Civil Veterinary Department. Madras. Admin. report 1926-33 - 1926-1933
Year: 1926
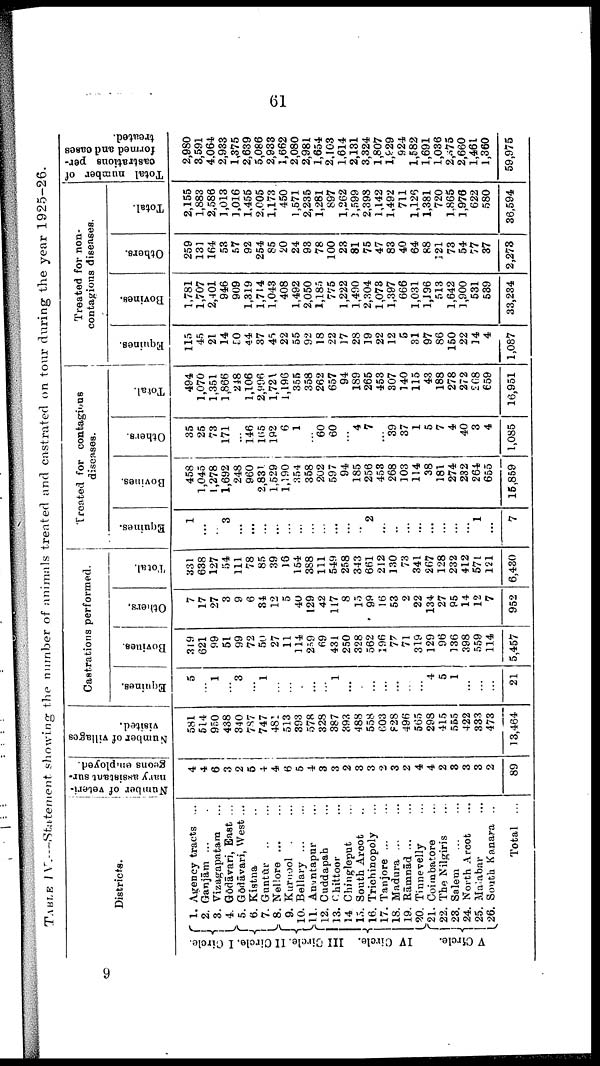
61
TABLE IV.—Statement showing the number of animals treated and castrated on tour during the year 1925—26.
Districts.
I Circle.
II Circle.
III Circle.
IV Circle.
V Circle.
1. Agency tracts ...
2. Ganjām ...
3. Vizagapatara ...
4. Gōdāvari, East ...
5. Gadāvari, West ...
6. Kistna ..
7. Guntūr
..
...
8. Nellore
...
...
9. Kurnool ...
10. Bellary
...
...
11. Anantapur ...
12. Cuddapah ...
13. Chittoor ...
14. Chingleput ...
15. South Arcot ..
16. Trichinopoly ...
17. Tanjore
...
...
18. Madura
...
...
19. Rāmnād ... ...
20. Tinnevelly ...
21. Coimbatore ...
22. The Nilgiris ...
23. Salem
...
...
24. North Arcot ...
25. Malabar ...
26. South Kanara ..
Total ...
Number of veteri
nary assistant sur
geons employed.
4
4
6
3
2
5
4
4
6
5
4
3
3
2
3
3
2
3
2
4
4
2
3
3
3
2
89
Number of villages
visited.
581
514
950
438
340
787
747
481
513
393
578
328
387
393
488
558
603
F28
496
565
298
416
555
422
333
473
13,464
Castrations performed.
Equines.
5
...
1
...
3
...
1
...
...
...
...
...
1
...
...
...
...
...
...
...
4
5
1
...
...
...
21
Bovines.
319
621
99
51
99
72
50
27
11
114
259
69
431
250
328
562
196
77
71
319
129
96
136
398
559
114
5,457
Others.
7
17
27
3
9
6
84
12
5
40
129
42
117
8
15
99
16
53
2
22
134
27
95
14
12
7
952
Total.
331
638
127
54
111
78
85
39
18
154
388
111
549
258
343
661
212
130
73
341
267
128
232
412
571
121
6,480
Treated for contagious
diseases.
Equines.
1
...
...
3
...
...
...
...
...
...
...
...
...
...
...
2
...
..
...
...
...
...
...
......
1
...
7
Bovines.
458
1,045
1,278
1,692
248
960
2,831
1,529
1,190
854
358
202
597
94
185
256
453
268
103
114
38
181
274
232
264
655
15,859
Others.
85
25
73
171
...
146
165
192
6
1
...
60
60
...
4
7
...
39
37
1
5
7
4
40
3
4
1,085
Total.
494
1,070
1,351
1,866
248
1,106
2,996
1,721
1,196
355
358
262
657
94
189
265
453
807
140
115
43
188
278
272
268
659
16,951
Treated for non-
contagions diseases.
Equines.
115
45
21
14
50
44
37
45
22
55
92
18
22
17
28
19
22
12
5
31
97
86
150
22
14
4
1,087
Bovines.
1,781
1,707
2,401
946
909
1,319
1,714
1,043
408
1,492
2,050
1,185
775
1,222
1,490
2,304
1,078
1,397
666
1,031
1,196
513
1,642
1,900
531
589
33,234
Others.
259
131
164
53
57
92
254
85
20
24
93
78
100
23
81
75
47
83
40
64
88
121
73
54
17
37
2,273
Total.
2,155
1,883
2,586
1,013
1,016
1,455
2,005
1,173
450
1,571
2,235
1,281
897
1,262
1,599
2,398
1,142
1,492
711
1,126
1,381
720
1.865
1,976
622
580
36,594
Total number of
castrations per
formed and oases
treated.
2,980
3,591
4,064
2,933
1,375
2,639
5,086
2,933
1,662
2,080
2,981
1,654
2,103
1.614
2,131
3,324
1,807
1,929
924
1,582
1,691
1,036
2,575
2,660
1,461
1,360
59,975
9